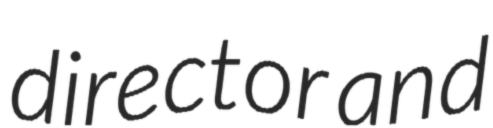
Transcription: director and